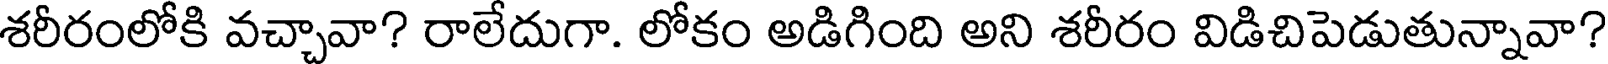
శరీరంలోకి వచ్చావా? రాలేదుగా. లోకం అడిగింది అని శరీరం విడిచిపెడుతున్నావా?